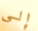
إلى